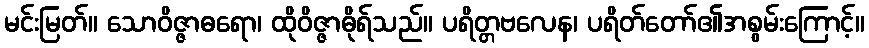
မင်းမြတ်။ သောဝိဇ္ဇာဓရော၊ ထိုဝိဇ္ဇာဓိုရ်သည်။ ပရိတ္တဗလေန၊ ပရိတ်တော်၏အစွမ်းကြောင့်။